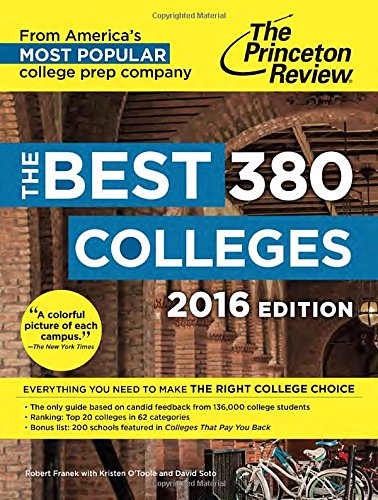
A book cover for The Best 380 Colleges, 2016 Edition (College Admissions Guides); Princeton Review; Test Preparation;